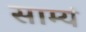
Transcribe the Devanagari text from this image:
साम्यं